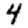
Digit: 4